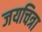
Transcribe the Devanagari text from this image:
जयचित्रा